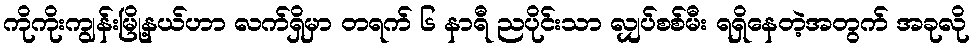
ကိုကိုးကျွန်းမြို့နယ်ဟာ လက်ရှိမှာ တရက် ၆ နာရီ ညပိုင်းသာ လျှပ်စစ်မီး ရရှိနေတဲ့အတွက် အခုလို